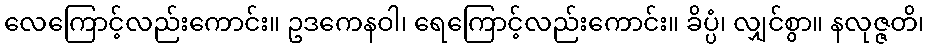
လေကြောင့်လည်းကောင်း။ ဥဒကေနဝါ၊ ရေကြောင့်လည်းကောင်း။ ခိပ္ပံ၊ လျှင်စွာ။ နလုဇ္ဇတိ၊